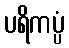
ပရိကပ္ပံ